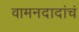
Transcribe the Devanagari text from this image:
वामनदादांचं